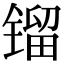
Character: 镏